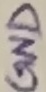
Text: GND